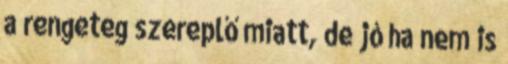
a rengeteg szereplő miatt, de jó ha nem is